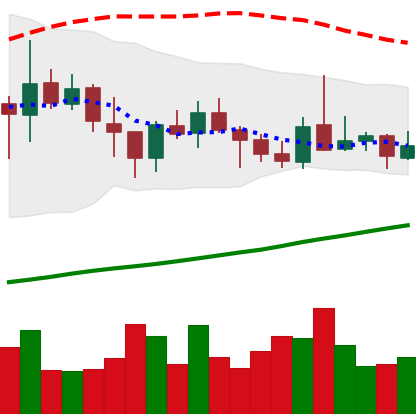
Ticker: ADA-USD
Chart end date: 2021-10-25
Forward return: -8.705%
Label: down_7plus